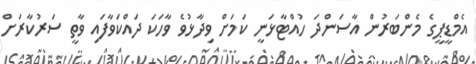
އެމްޑީޕީގެ މެންބަރުން އާސަންދަ ހުއްޓާޅަނީ ކަމަށް ވިދާޅުވެ ވާހަކަ ދައްކަވާފައި ވާތީ ސަރުކާރަށް